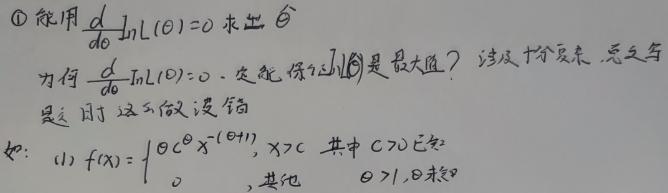
\textcircled{1}能用$\frac{d}{d\theta}\ln L(\theta)=0$求出$\hat{\theta}$
为何$\frac{d}{d\theta}\ln L(\theta)=0$一定能保证$\ln L(\theta)$是最大值？涉及十分复杂，总之当
是时这么做没有错
如：(1) $f(x)=\begin{cases}\theta c^{\theta}x^{-(\theta + 1)},&x>c\text{ 其中 }c>0\in\mathbb{R}\\0,&\text{其他}\end{cases}\theta>1,\theta\text{未知}$